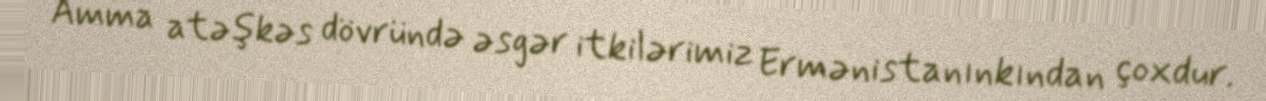
Amma atəşkəs dövründə əsgər itkilərimiz Ermənistanınkından çoxdur.